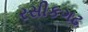
રસીકગઢ